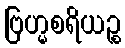
ဗြဟ္မစရိယဉ္စ